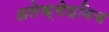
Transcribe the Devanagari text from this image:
अलेक्सेइविच